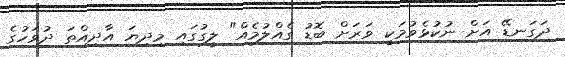
ދަގަނޑޭ އަށް ނުކުޅެވުމަކީ ވަރަށް ބޮޑު ގެއްލުމެއް" ލީގުގައި މިދިޔަ އާދިއްތަ ދުވަހުގެ